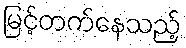
မြင့်တက်နေသည့်